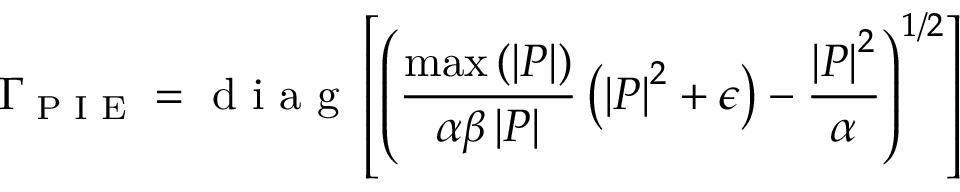
\Gamma _ { \textrm { P I E } } = \textrm { d i a g } \left[ \left( \frac { \operatorname* { m a x } \left( \left| P \right| \right) } { \alpha \beta \left| P \right| } \left( \left| P \right| ^ { 2 } + \epsilon \right) - \frac { \left| P \right| ^ { 2 } } { \alpha } \right) ^ { 1 / 2 } \right]